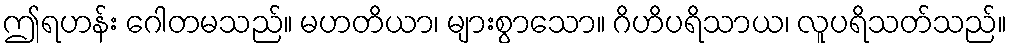
ဤရဟန်း ဂေါတမသည်။ မဟတိယာ၊ များစွာသော။ ဂိဟိပရိသာယ၊ လူပရိသတ်သည်။